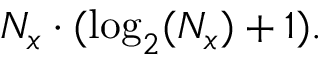
N _ { x } \cdot ( \log _ { 2 } ( N _ { x } ) + 1 ) .